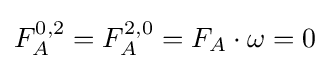
F_{A}^{0,2}=F_{A}^{2,0}=F_{A}\cdot \omega =0